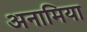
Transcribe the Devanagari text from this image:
अनामिया